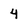
Character: 4